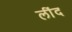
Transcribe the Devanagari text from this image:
लींद